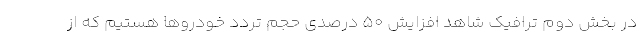
در بخش دوم ترافیک شاهد افزایش ۵۰ درصدی حجم تردد خودروها هستیم که از